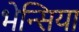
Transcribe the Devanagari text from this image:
भेन्सिया